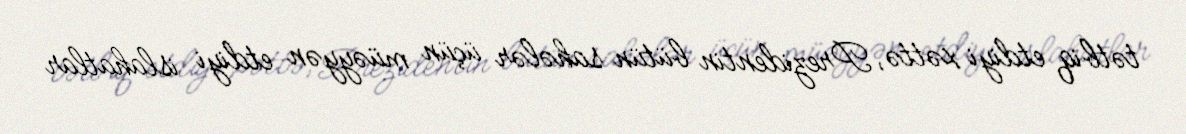
tətbiq etdiyi xəttə, Prezidentin bütün sahələr üçün müəyyən etdiyi islahatlar